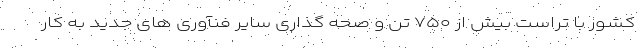
کشور با تراست بیش از ۷۵۰ تن و صحه گذاری سایر فنآوری های جدید به کار